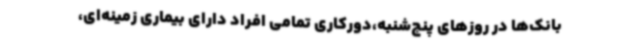
بانک‌ها در روزهای پنج‌شنبه،دورکاری تمامی افراد دارای بیماری زمینه‌ای،